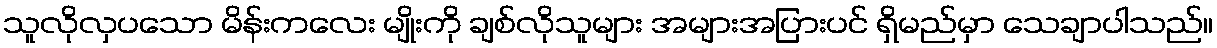
သူလိုလှပသော မိန်းကလေး မျိုးကို ချစ်လိုသူများ အများအပြားပင် ရှိမည်မှာ သေချာပါသည်။